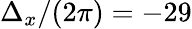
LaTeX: \Delta_{x}/(2\pi)=-29